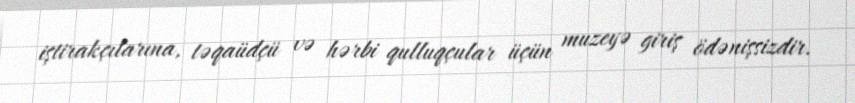
iştirakçılarına, təqaüdçü və hərbi qulluqçular üçün muzeyə giriş ödənişsizdir.